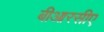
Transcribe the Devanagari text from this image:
बीआरसीए